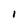
Character: l